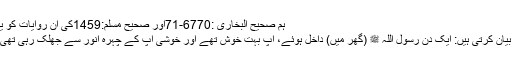
ہم صحیح البخاری :6770-71اور صحیح مسلم:1459کی اِن روایات کو یکجا کر کے بیان کر رہے ہیں:
حضرت عائشہ رضی اللہ عنہا بیان کرتی ہیں: ایک دن رسول اللہ ﷺ (گھر میں) داخل ہوئے، آپ بہت خوش تھے اور خوشی آپ کے چہرۂ انور سے جھلک رہی تھی، آپ ﷺ نے فرمایا: اے عائشہ!